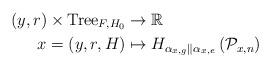
LaTeX: \begin{align*}(y,r)\times{\rm Tree}_{F,H_{0}} & \to\mathbb{R}\\x=(y,r,H) & \mapsto H_{\alpha_{x,g}\parallel\alpha_{x,e}}\left(\mathcal{P}_{x,n}\right)\end{align*}